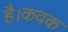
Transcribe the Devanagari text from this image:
है।कवक